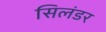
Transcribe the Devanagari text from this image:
सिलंडर